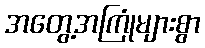
အတွေ့အကြုံများစွာ